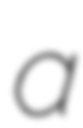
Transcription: a